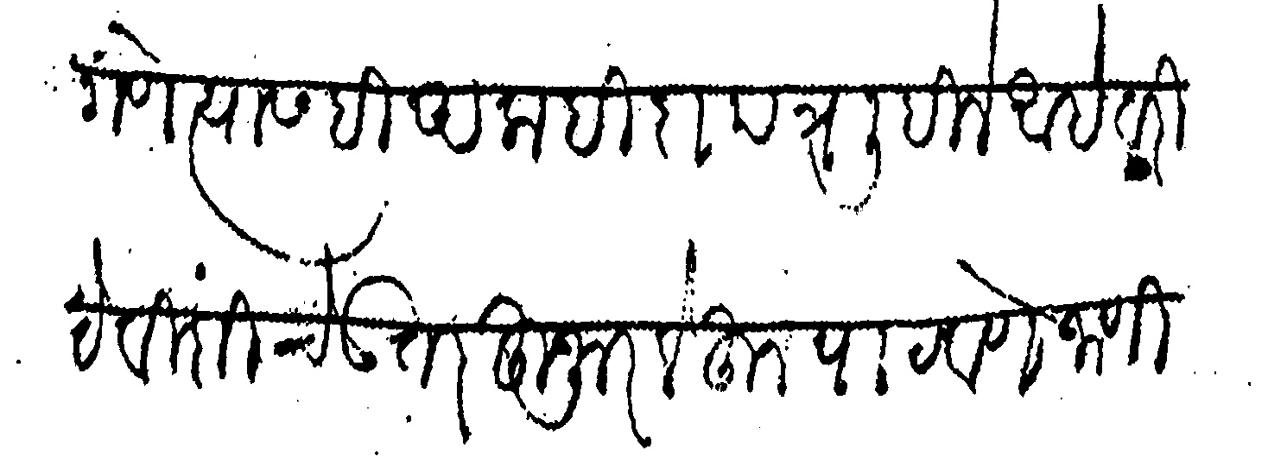
Transliteration (Devanagari): सागणे त्यास ही अलाहिदा पत्र लिहिले आहे तरी ये विशीचे उत्तर हुजूर लेहून पाटवणे जाणि